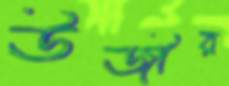
উজীর